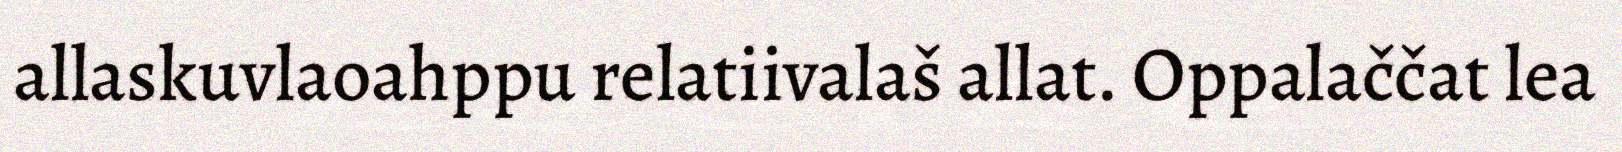
allaskuvlaoahppu relatiivalaš allat. Oppalaččat lea